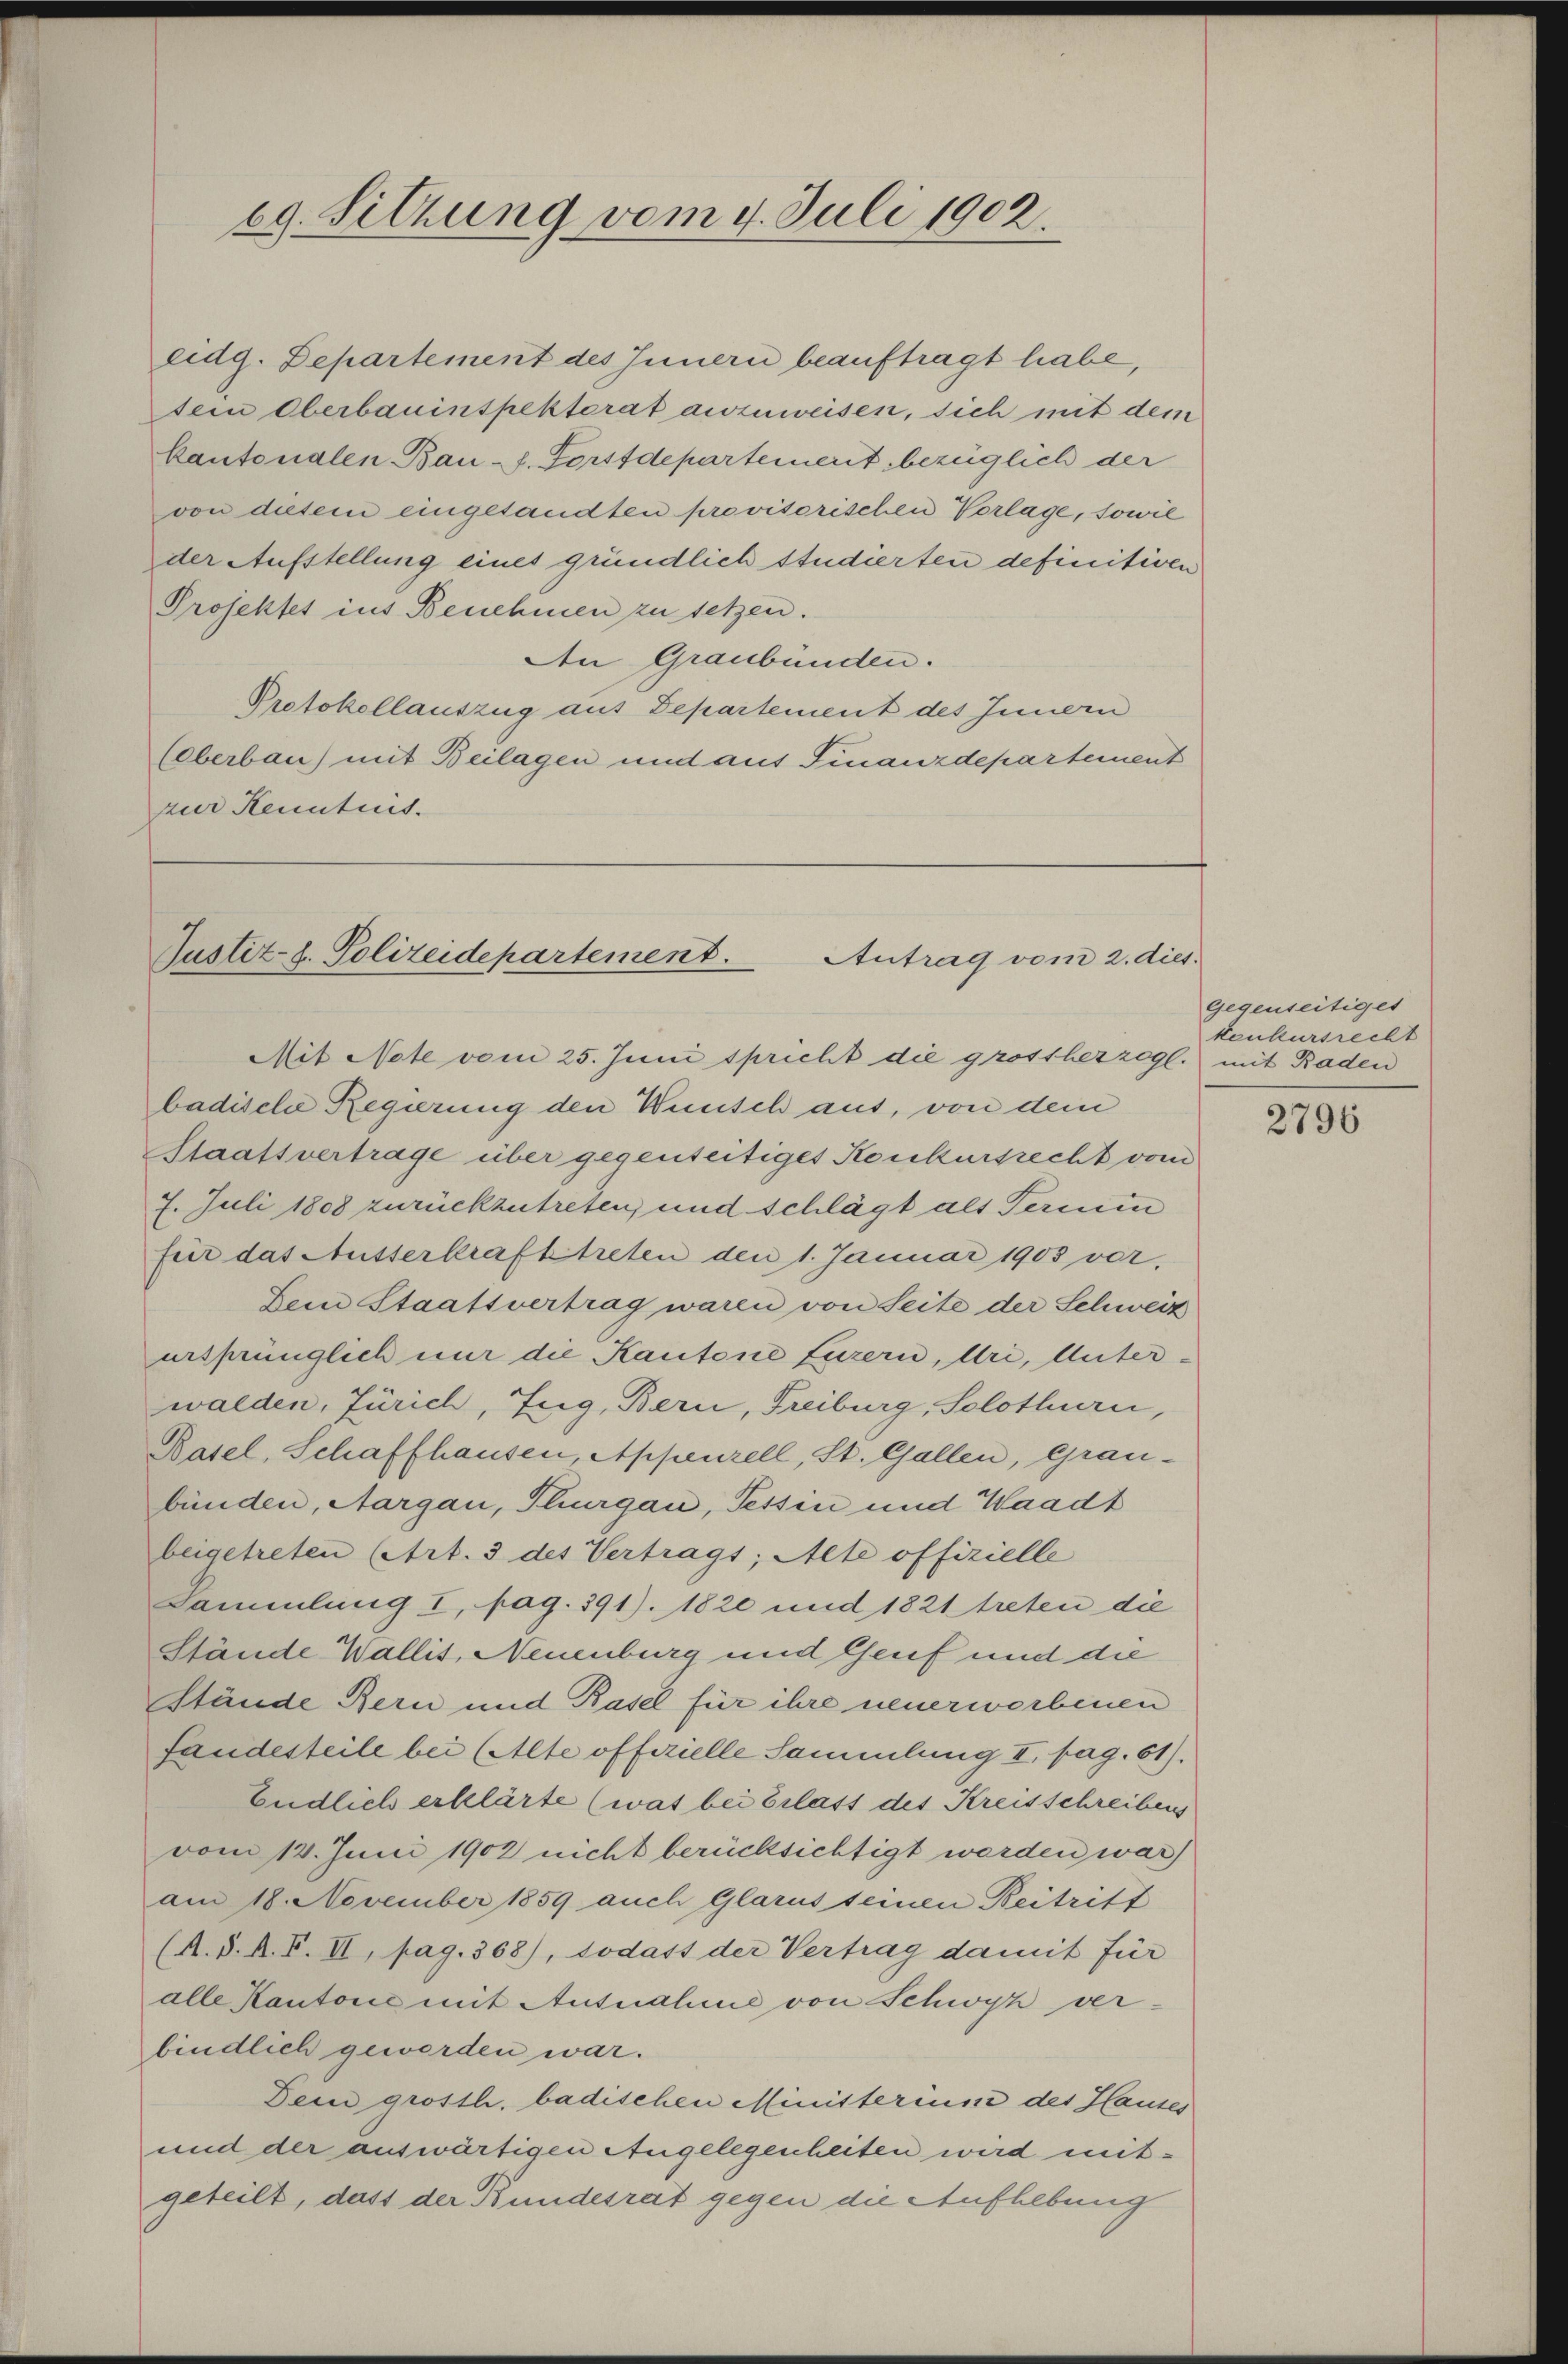
eg. Sitzung vom 4. Juli 1902.

eidg. Departement des Innern beauftragt habe,
sein Oberbauinspektorat anzuweisen, sich mit dem
kantonalen Bau s. Forstdepartement bezüglich der
von diesem eingesandten provisorischen Vorlage, sowie
der Aufstellung eines gründlich studierten definitiven
Projektes ins Benehmen zu setzen.
Den Graubünden.
Protokollauszug aus Departement des Innern
(eberbau) mit Beilagen und aus Finanzdepartement
zur Kenntnis.

Justiz- & Polizeidepartement.
Antrag vom 2. dies.

badische Regierung den Wunsch aus, von dem
Staatsvertrage über gegenseitiges Konkursrecht vom
7. Juli 1808 zurückzutreten, und schlägt als Termin
für das Ausserkrafttreten den 1. Januar 1903 vor,
Dein Staatsvertrag waren von Seite der Schweiz
ursprünglich nur die Kantone Eurern, Uri, Unter-
walden, Zürich, Zug, Bern, Freiburg, Solothurn,
Basel, Schaffhausen, Appenzell, St. Gallen, Grau-
bünden, Aargau, Thurgau, Tessin und Waadt
beigetreten (Art. 3 des Vertrags; Alte offizielle
Sammlung I, pag. 391). 1820 und 1821 treten die
Stände Wallis, Neuenburg und Genf und die
Stände Bern und Basel für ihre neuerworbenen
fandesteile bei (Alte offerielle Sammlung II, pag. 61).
Endlich erklärte (was bei Erlass des Kreisschreibens
vom 14. Juni 1902 nicht berücksichtigt werden war)
am 18. November 1859 auch Glarus seinen Beitritt
(A. S. A. F. II, pag. 368), sodass der Vertrag damit für
alle Kantone mit Ausnahme von Schwyz ver-
bindlich geworden war.
Dein grösth. badischen Ministerium des Hauses
und der auswärtigen Angelegenheiten wird mitgeteilt, dass der Bundesrat gegen die Aufhebung

Mit Note vom 25. Juni spricht die grossherzogl. mit Raden

Gegenseitiget
konkursrecht

2796